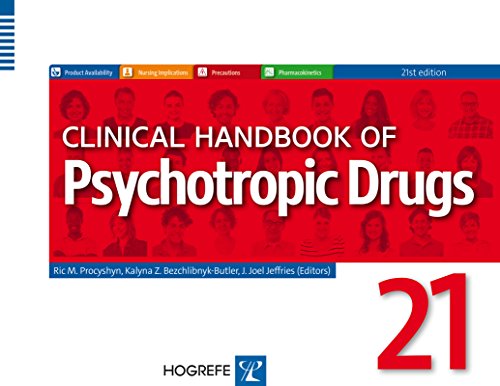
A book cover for Clinical Handbook of Psychotropic Drugs; Ric M. Procyshyn; Medical Books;